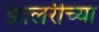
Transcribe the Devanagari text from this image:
झालरीच्या